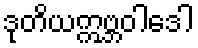
ဒုတိယဣဗ္ဘဝါဒေါ